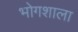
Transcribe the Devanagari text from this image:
भोगशाला